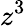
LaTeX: z^{3}